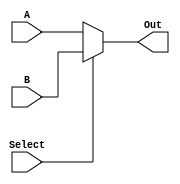
module mux2(A, B, Select, Out);
	parameter n=64;
	parameter delay = 50;
	
	input [n-1:0] A;
	input [n-1:0] B;
	input Select;
	output [n-1:0] Out;
	
	assign #delay Out = Select ? B : A;
endmodule